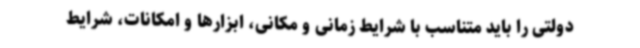
دولتی را باید متناسب با شرایط زمانی و مکانی، ابزارها و امکانات، شرایط